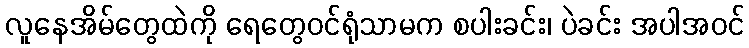
လူနေအိမ်တွေထဲကို ရေတွေဝင်ရုံသာမက စပါးခင်း၊ ပဲခင်း အပါအဝင်